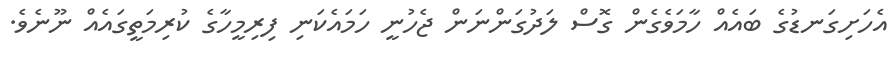
އެހަށިގަނޑުގެ ބައެއް ހާމަވެގެން ގޮސް ލަދުގަންނަން ޖެހުނީ ހަމައެކަނި ފިރިމީހާގެ ކުރިމަތީގައެއް ނޫނެވެ.